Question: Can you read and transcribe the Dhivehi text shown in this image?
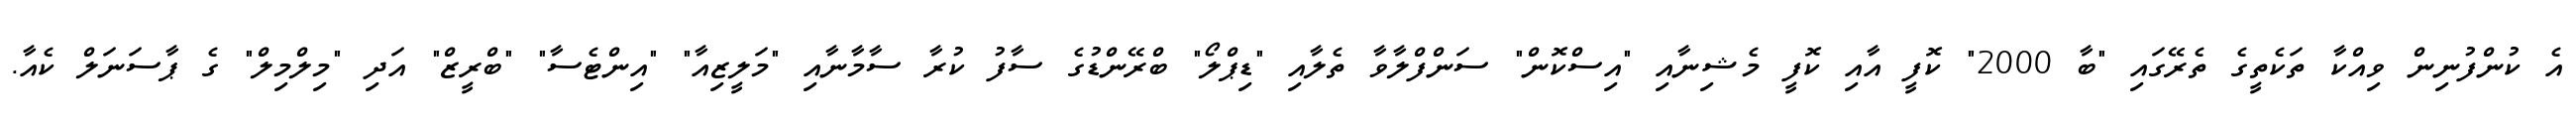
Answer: އެ ކުންފުނިން ވިއްކާ ތަކެތީގެ ތެރޭގައި "ބާ 2000" ކޮފީ އާއި ކޮފީ މެޝިނާއި "އިސްކޮން" ސަންފްލާވާ ތެލާއި "ޑިޕްލޯ" ބްރޭންޑުގެ ސާފު ކުރާ ސާމާނާއި "މަލީޒިއާ" "އިންޓެސާ" "ބްރީޒް" އަދި "މިލްމިލް" ގެ ޕާސަނަލް ކެއާ.